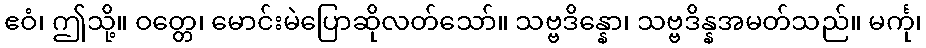
ဧဝံ၊ ဤသို့။ ဝတ္တေ၊ မောင်းမဲပြောဆိုလတ်သော်။ သဗ္ဗဒိန္နော၊ သဗ္ဗဒိန္နအမတ်သည်။ မင်္ကု၊